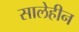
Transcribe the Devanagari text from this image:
सालेहीन